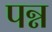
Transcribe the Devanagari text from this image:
पन्न